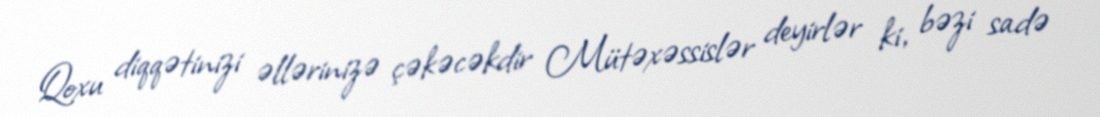
Qoxu diqqətinizi əllərinizə çəkəcəkdir Mütəxəssislər deyirlər ki, bəzi sadə